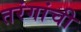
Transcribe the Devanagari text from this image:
तरंगांची